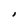
Character: I